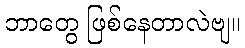
ဘာတွေ ဖြစ်နေတာလဲဗျ။